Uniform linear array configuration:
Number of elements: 24
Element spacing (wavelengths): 1
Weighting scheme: uniform
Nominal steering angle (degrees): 0
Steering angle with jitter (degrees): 1.459
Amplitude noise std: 0.05
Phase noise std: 0.05

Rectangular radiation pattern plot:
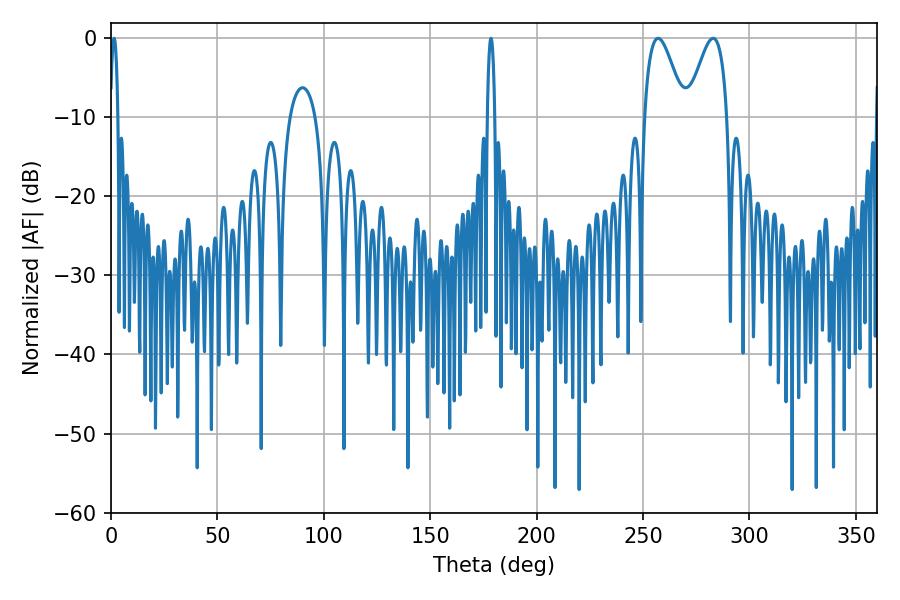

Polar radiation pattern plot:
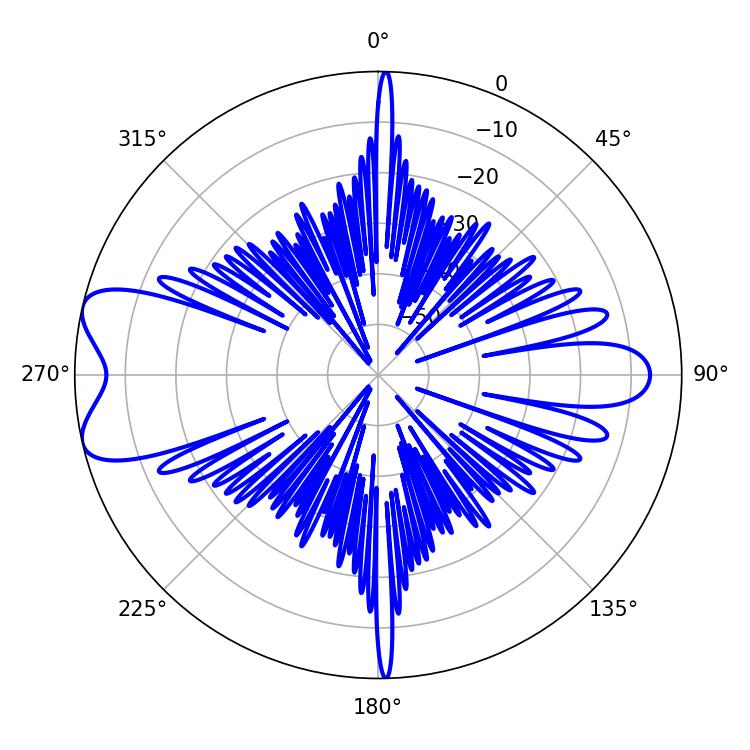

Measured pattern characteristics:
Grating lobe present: TRUE
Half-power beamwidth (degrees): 10.08
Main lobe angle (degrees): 257.04